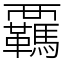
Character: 覊